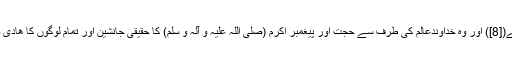
مذکورہ دعا میں نظام کائنات کے مجموعہ میں امام علیہ السلام کی عظمت کی معرفت بیان ھوئی ھے([8]) اور وہ خداوندعالم کی طرف سے حجت اور پیغمبر اکرم (صلی اللہ علیہ و آلہ و سلم) کا حقیقی جانشین اور تمام لوگوں کا ھادی و رھبر ھے جس کی اطاعت سب پر واجب ھے، کیونکہ اس کی اطاعت خداوندعالم کی اطاعت ھے۔